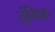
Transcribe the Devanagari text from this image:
तुंगिक